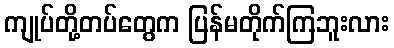
ကျုပ်တို့တပ်တွေက ပြန်မတိုက်ကြဘူးလား